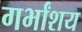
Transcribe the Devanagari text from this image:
गर्भांशय